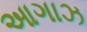
આગાઝ